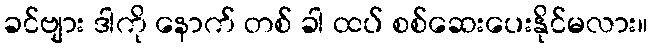
ခင်ဗျား ဒါကို နောက် တစ် ခါ ထပ် စစ်ဆေးပေးနိုင်မလား။